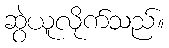
ဆွဲယူလိုက်သည်။